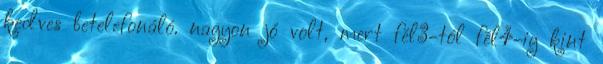
kedves betelefonáló. nagyon jó volt, mert fél3-tól fél4-ig kint